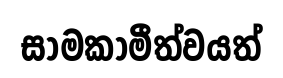
සාමකාමීත්වයත්